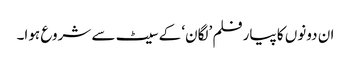
ان دونوں کا پیارفلم ’لگان‘ کے سیٹ سے شروع ہوا۔